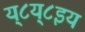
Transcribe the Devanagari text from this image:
य्८य्८इय